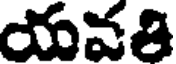
యవతి